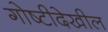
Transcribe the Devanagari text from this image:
गोष्टीदेखील